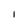
Character: 1